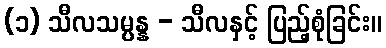
(၁) သီလသမ္ပန္န - သီလနှင့် ပြည့်စုံခြင်း။